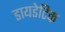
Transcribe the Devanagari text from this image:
डायडेटिक